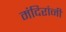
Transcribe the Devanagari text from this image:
मंदिरांनी